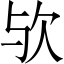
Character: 欤